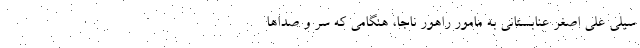
سیلی علی اصغر عنابستانی به مامور راهور ناجا، هنگامی که سر و صداها